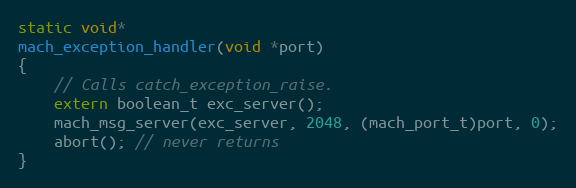
Language: C
static void*
mach_exception_handler(void *port)
{
	// Calls catch_exception_raise.
	extern boolean_t exc_server();
	mach_msg_server(exc_server, 2048, (mach_port_t)port, 0);
	abort(); // never returns
}